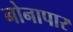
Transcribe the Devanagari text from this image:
नोनापार